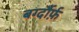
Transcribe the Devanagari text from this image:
बर्ग्दौर्फ़